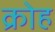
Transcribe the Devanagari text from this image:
क्रोह